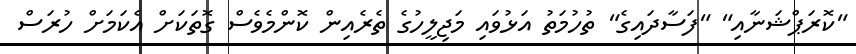
"ކޮރަޕްޝަނާއި" "ފަސާދައިގެ" ތުހުމަތު އަޅުވައި މަޖިިލީހުގެ ތެރެއިން ކޮންމެވެސް ގޮތަކަށް އެކަމަށް ހުރަަސް